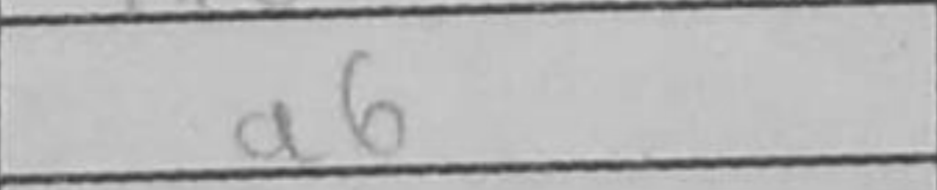
Transcription: a6